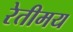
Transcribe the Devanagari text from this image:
रेतीमय